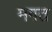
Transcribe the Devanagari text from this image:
मगत